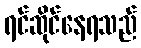
ရင်ဆိုင်နေရသည်